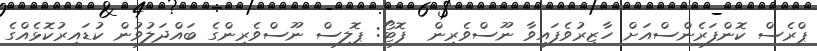
ޕްރެސް ކޮންފަރެންސްއަށް ހާޒިރުވެފައިވާ ނޫސްވެރިން  ފޮޓޯ: ޕޮލިސް ނޫސްވެރިންގެ ބައްދަލުވުން ކުޑައިރުކޮޅެއްގެ